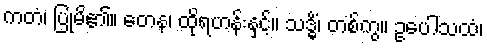
ကတံ၊ ပြုမိ၏။ တေန၊ ထိုရဟန်းနှင့်။ သဒ္ဓိံ၊ တစ်ကွ။ ဥပေါသထံ၊